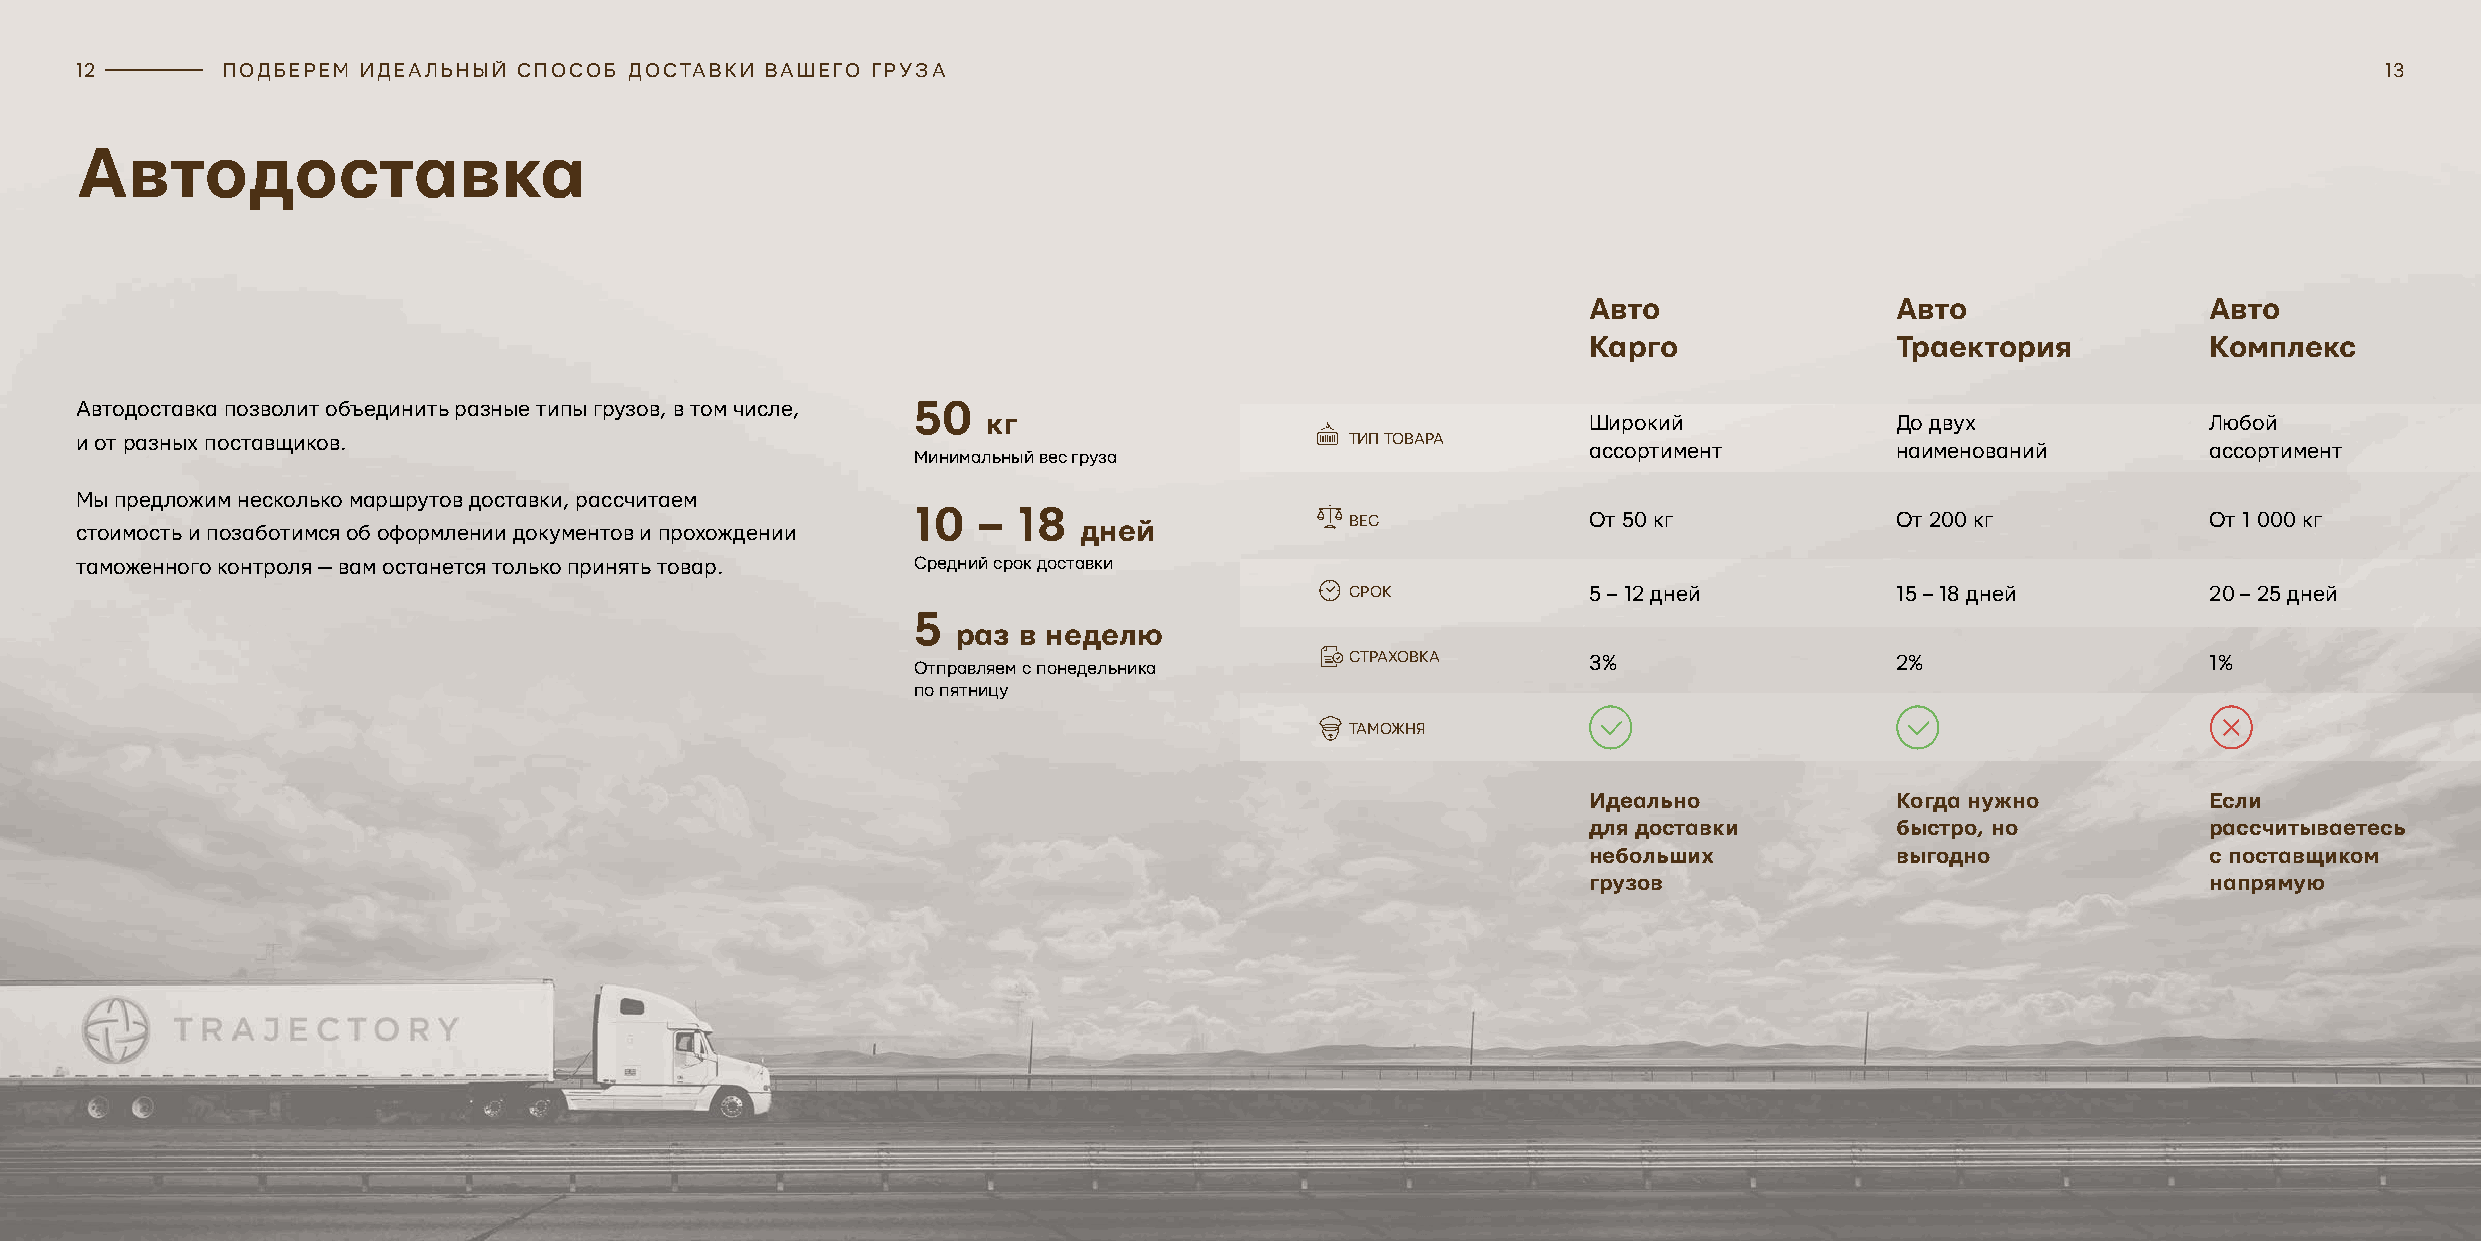
12        ПОДБЕРЕМ ИДЕАЛЬНЫЙ СПОСОБ  ДОСТАВКИ ВАШЕГО ГРУЗА                                                                                               13
 Автодоставка
 Авто                 Авто                Авто
 Карго                Траектория          Комплекс
 Автодоставка позволит объединить разные типы грузов, в том числе, 50
 кг                                      Широкий              До двух             Любой
 и от разных поставщиков.                                                            ТИП ТОВАРА
 ассортимент          наименований        ассортимент
 Минимальный вес груза
 Мы предложим несколько маршрутов доставки, рассчитаем
 10  – 18
 дней              ВЕС             От 50 кг             От 200 кг           От 1 000 кг
 стоимость и позаботимся об оформлении документов и прохождении
 таможенного контроля — вам останется только принять товар. Средний срок доставки
 СРОК            5 – 12 дней          15 – 18 дней        20 – 25 дней
 5
 раз в неделю
 СТРАХОВКА       3%                   2%                  1%
 Отправляем с понедельника
 по пятницу
 ТАМОЖНЯ
 Идеально             Когда нужно         Если
 для доставки         быстро, но          рассчитываетесь
 небольших            выгодно             с поставщиком
 грузов                                   напрямую